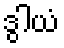
ဒွါယံ